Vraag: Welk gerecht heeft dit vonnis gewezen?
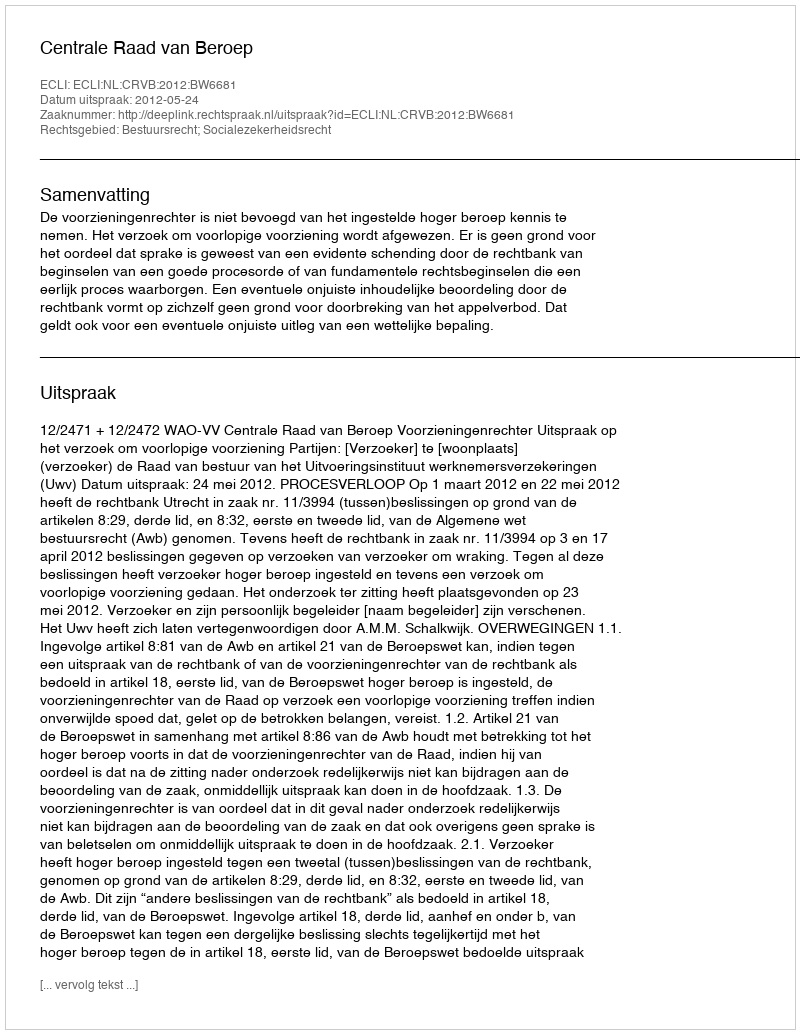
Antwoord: Centrale Raad van Beroep